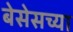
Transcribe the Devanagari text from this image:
बेसेसच्या